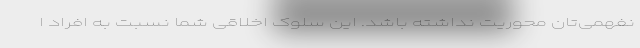
نفهمی‌تان محوریت نداشته باشد. این سلوک اخلاقی شما نسبت به افراد ا